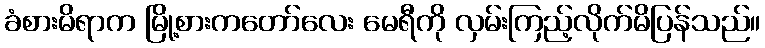
ခံစားမိရာက မြို့စားကတော်လေး မေရီကို လှမ်းကြည့်လိုက်မိပြန်သည်။